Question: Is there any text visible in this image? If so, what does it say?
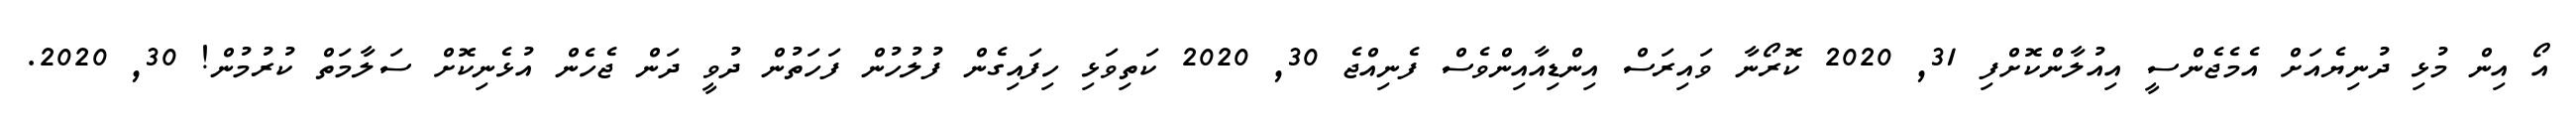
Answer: އޯ އިން މުޅި ދުނިޔެއަށް އެމެޖެންސީ އިއުލާންކޮށްފި 31, 2020 ކޮރޯނާ ވައިރަސް އިންޑިއާއިންވެސް ފެނިއްޖެ 30, 2020 ކަތިވަޅި ހިފައިގެން ފުލުހުން ފަހަތުން ދުވީ ދަން ޖެހެން އުޅެނިކޮށް ސަލާމަތް ކުރުމުން! 30, 2020.